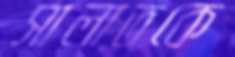
সালাতকে